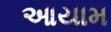
આયામ